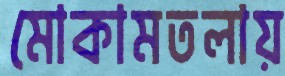
মোকামতলায়